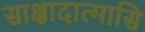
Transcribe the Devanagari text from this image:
साक्षादात्मासि